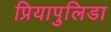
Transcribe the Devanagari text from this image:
प्रियापुलिडा